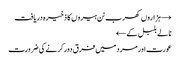
→ ہزاروں کھرب ٹن ہیروں کا ذخیرہ دریافت
نالے بلبل کے ←
عورت اور مرد میں فرق دور کرنے کی ضرورت